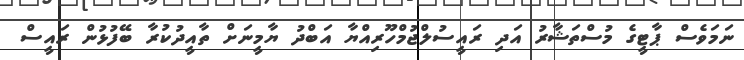
ނަމަވެސް ޕާޓީގެ މުސްތަޝާރު އަދި ރައީސުލްޖުމްހޫރިއްޔާ އަބްދު ޔާމީނަށް ތާއީދުކުރާ ބޭފުޅުން ރައީސް